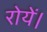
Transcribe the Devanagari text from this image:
रोयें।